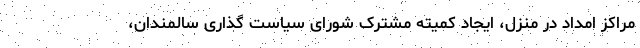
مراکز امداد در منزل، ایجاد کمیته مشترک شورای سیاست گذاری سالمندان،